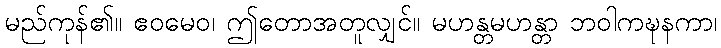
မည်ကုန်၏။ ဧဝမေဝ၊ ဤတောအတူလျှင်။ မဟန္တမဟန္တာ ဘဝါကဍ္ဎနကာ၊